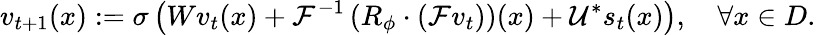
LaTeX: v_{t+1}(x):=\sigma\left(Wv_{t}(x)+\mathcal{F}^{-1}\left(R_{\phi}\cdot\left(\mathcal{F}v_{t}\right)\right)(x)+\mathcal{U^{*}}s_{t}(x)\right),\quad\forall x\in D.